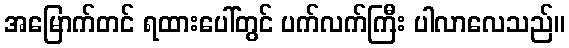
အမြောက်တင် ရထားပေါ်တွင် ပက်လက်ကြီး ပါလာလေသည်။